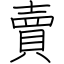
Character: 賣